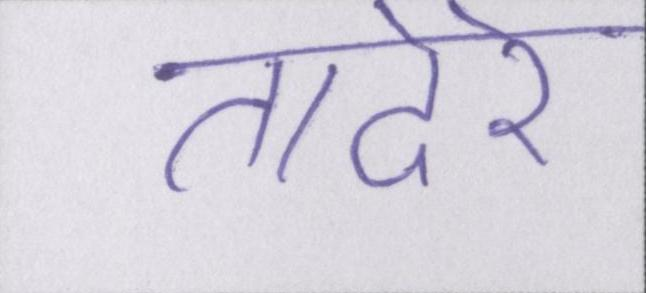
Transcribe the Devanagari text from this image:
तादेरे